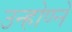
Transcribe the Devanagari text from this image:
उन्होण्ने